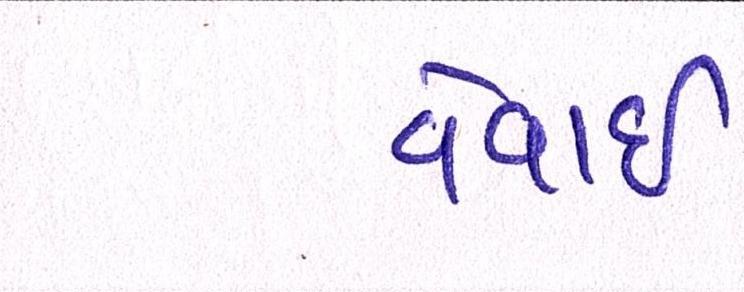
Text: વેવાઈ